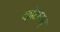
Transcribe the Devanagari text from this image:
कोटागढ़